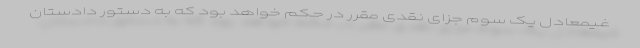
غـیمعادل یک سوم جزای نقدی مقرر در حکم خواهد بود که به دستور دادستان